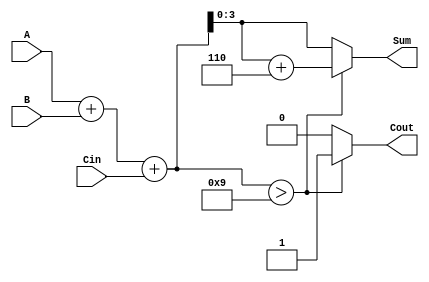
module BCD_Fast_Adder (
    input  wire [3:0] A,     // BCD digit A
    input  wire [3:0] B,     // BCD digit B
    input  wire Cin,         // Carry-in
    output reg  [3:0] Sum,   // BCD Sum
    output reg  Cout         // Carry-out
);

    wire [4:0] TempSum;      // 5-bit temporary sum to hold A + B + Cin

    // Binary addition of A, B and Cin
    assign TempSum = A + B + Cin;

    always @(*) begin
        // Initialize outputs
        Sum = 4'b0000;
        Cout = 1'b0;

        if (TempSum > 9) begin
            // If TempSum exceeds the BCD limit, add 6 to correct it
            Sum = TempSum[3:0] + 4'b0110; // Add 6 in binary
            Cout = 1'b1;                   // Set carry-out
        end else begin
            Sum = TempSum[3:0];            // No correction needed
            Cout = 1'b0;                   // No carry-out
        end
    end

endmodule